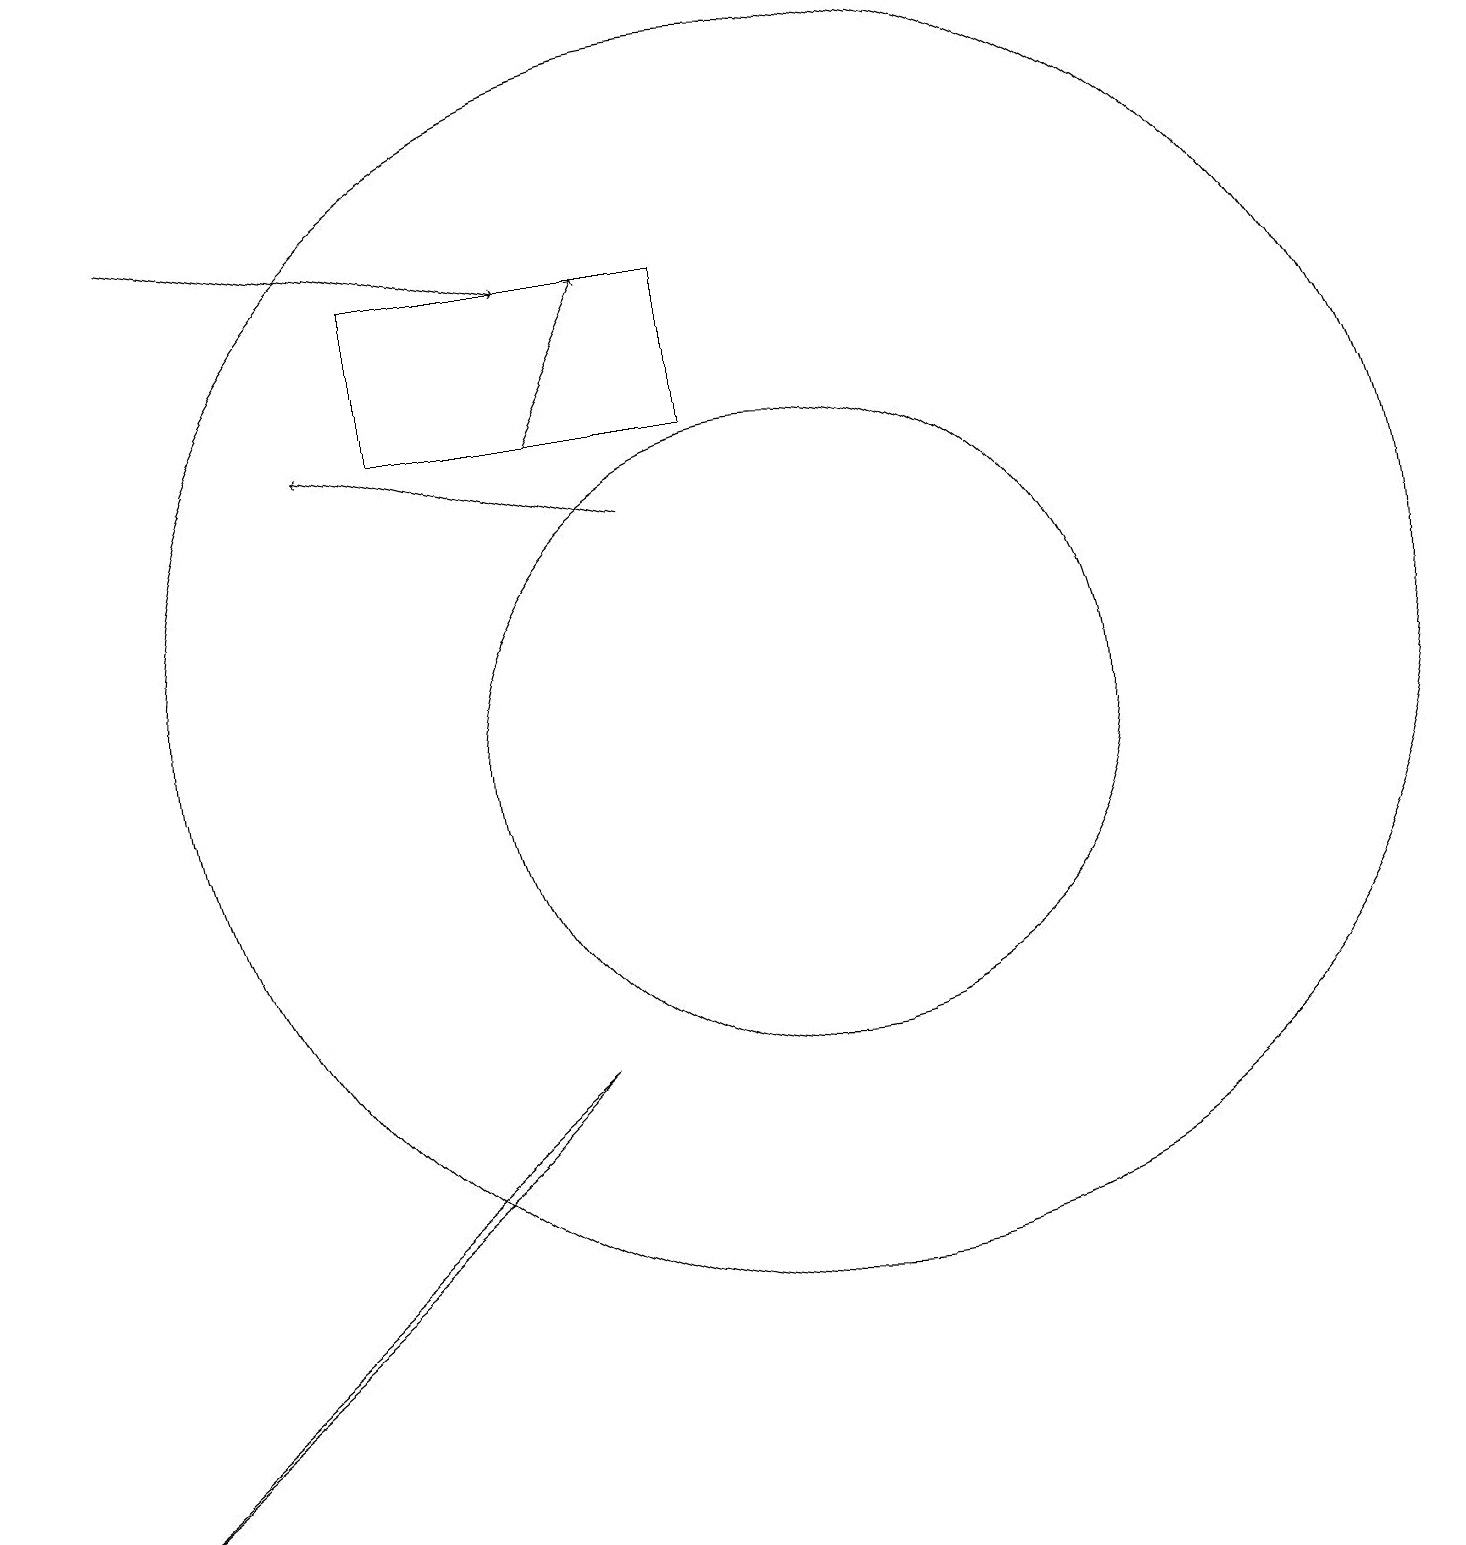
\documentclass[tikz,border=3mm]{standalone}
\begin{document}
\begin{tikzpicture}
\draw[->] (7,14) -- (8,16);
\draw (10,10) circle (4);
\draw (10,11) circle (8);
\draw (7,6) -- (6,5) -- (0,0) -- cycle;
\draw (9,16) rectangle (5,14);
\draw[->] (2,17) -- (7,16);
\draw[->] (8,13) -- (4,14);
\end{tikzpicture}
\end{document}